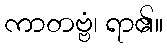
ကာတဗ္ဗံ၊ ရာ၏။